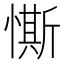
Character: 𢠹